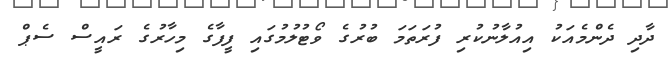
ދާދި ދެންމެއަކު އިއުލާނުކުރި ފުރަތަމަ ބުރުގެ ވޯޓުލުމުގައި ފީފާގެ މިހާރުގެ ރައީސް ސެޕް